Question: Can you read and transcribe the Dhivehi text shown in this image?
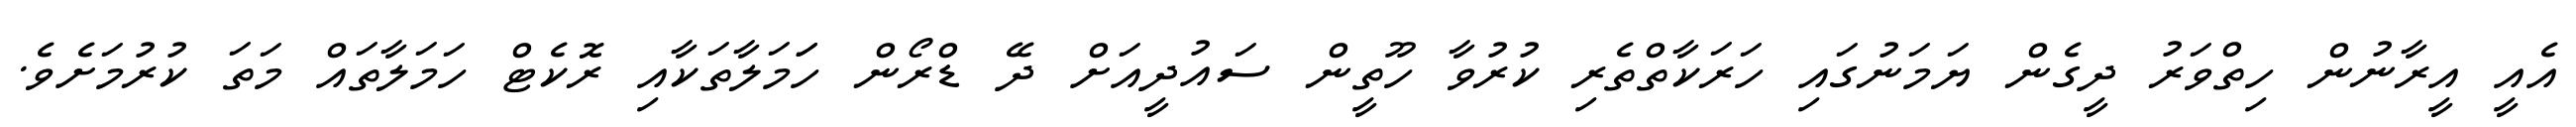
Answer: އެއީ އީރާނުން ހިތްވަރު ދީގެން ޔަމަނުގައި ހަރަކާތްތެރި ކުރުވާ ހޫތީން ސައުދީއަށް ދޭ ޑްރޯން ހަަމަލާތަކާއި ރޮކެޓް ހަމަލާތައް މަތަ ކުރުމަށެވެ.